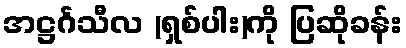
အဋ္ဌင်္ဂသီလ (ရှစ်ပါး)ကို ပြဆိုခန်း